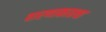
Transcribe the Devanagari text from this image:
वारणाकाठचा